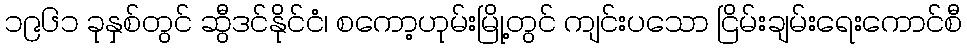
၁၉၆၁ ခုနှစ်တွင် ဆွီဒင်နိုင်ငံ၊ စကော့ဟုမ်းမြို့တွင် ကျင်းပသော ငြိမ်းချမ်းရေးကောင်စီ